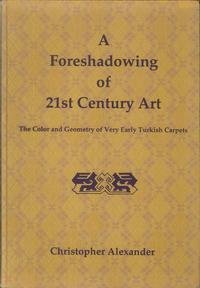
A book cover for A Foreshadowing of 21st Century Art: The Color and Geometry of Very Early Turkish Carpets (Center for Environmental Structure, Vol 7); Christopher Alexander; Crafts, Hobbies & Home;